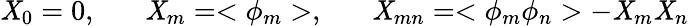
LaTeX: \mathit{X}_{0}=0,\; \; \; \; \; \; \mathit{X}_{m}=<\phi_{m}>,\; \; \; \; \; \; \mathit{X}_{mn}=<\phi_{m}\phi_{n}>-\mathit{X}_{m}\mathit{X}_{n}